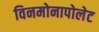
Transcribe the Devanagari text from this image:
विनमोनापोलेट